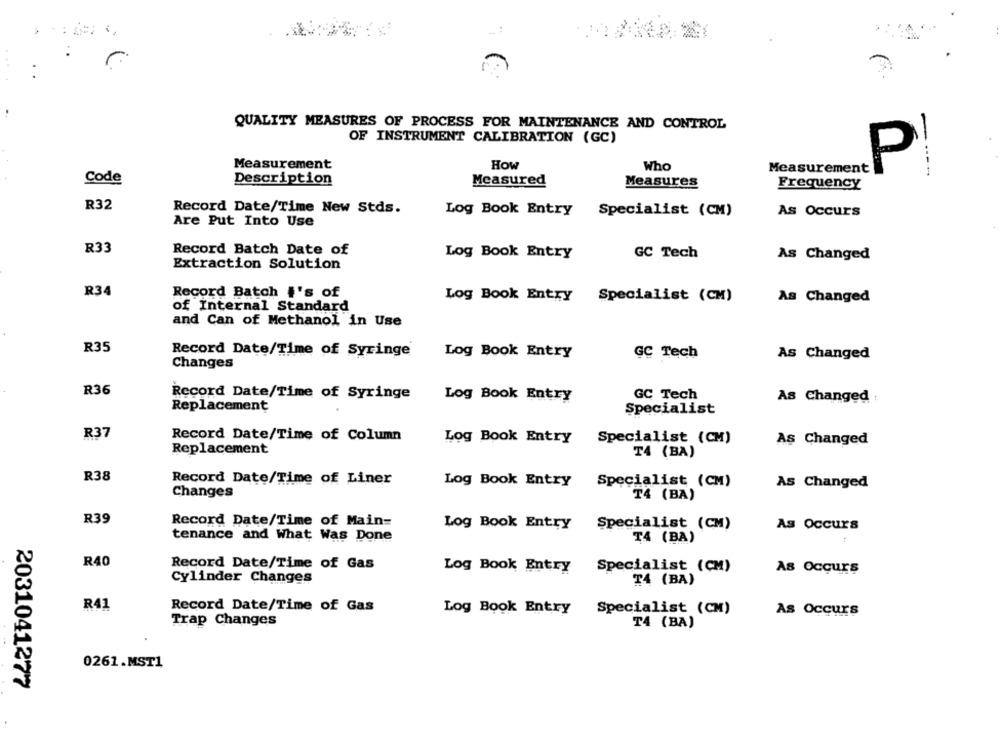
QUALITY MEASURES OF PROCESS FOR MAINTENANCE AND CONTROL
OF INSTRUMENT CALIBRATION (GC)
Measurement
How
Who
Measurement
P
Code
-----
Description
Measured
Measures
Frequency
R32
Record Date/Time New Stds.
Log Book Entry
Specialist (CM)
As Occurs
Are Put Into Use
R33
Record Batch Date of
Log Book Entry
GC Tech
As Changed
Extraction Solution
R34
Record Batch #'s of
Log Book Entry
Specialist (CM)
As Changed
of Internal Standard
and Can of Methanol in Use
R35
Record Date/Time of Syringe
Log Book Entry
GC Tech
As Changed
Changes
R36
Record Date/Time of Syringe
Log Book Entry
GC Tech
As Changed
Replacement
Specialist
R37
Record Date/Time of Column
Log Book Entry
Specialist (CM)
As Changed
Replacement
T4 (BA)
R38
Record Date/Time of Liner
Log Book Entry
Specialist (CM)
As Changed
Changes
T4 (BA)
R39
Record Date/Time of Main=
Log Book Entry
Specialist (CM)
As Occurs
tenance and What Was Done
₸4 (BA)
R40
Record Date/Time of Gas
Log Book Entry
Specialist (CM)
As Occurs
Cylinder Changes
T4 (BA)
R41
Record Date/Time of Gas
Log Book Entry
Specialist (CM)
As Occurs
Trap Changes
T4 (BA)
0261.MST1
2031041277